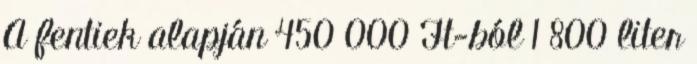
A fentiek alapján 450 000 Ft-ból 1 800 liter